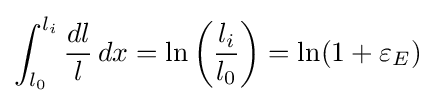
\int _{l_{0}}^{l_{i}}{\frac {dl}{l}}\,dx=\ln \left({\frac {l_{i}}{l_{0}}}\right)=\ln(1+\varepsilon _{E})